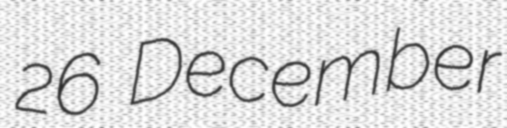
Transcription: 26 December